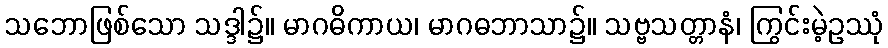
သဘောဖြစ်သော သဒ္ဒါ၌။ မာဂဓိကာယ၊ မာဂဓဘာသာ၌။ သဗ္ဗသတ္တာနံ၊ ကြွင်းမဲ့ဥဿုံ